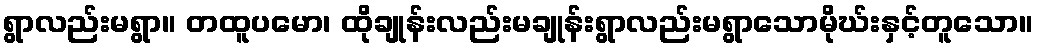
ရွာလည်းမရွာ။ တထူပမော၊ ထိုချုန်းလည်းမချုန်းရွာလည်းမရွာသောမိုဃ်းနှင့်တူသော။